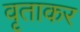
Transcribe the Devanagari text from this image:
वृताकर